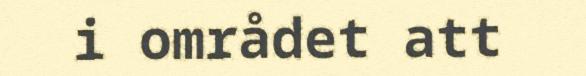
i området att